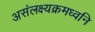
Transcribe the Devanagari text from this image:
असंलक्ष्यक्रमध्वनि